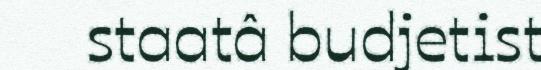
staatâ budjetist